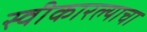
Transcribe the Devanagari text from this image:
स्वीकारल्याचा